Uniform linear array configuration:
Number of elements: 8
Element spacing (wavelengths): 0.75
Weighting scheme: binomial
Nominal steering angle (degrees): -15
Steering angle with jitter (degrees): -16.526
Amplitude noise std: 0.05
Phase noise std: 0.05

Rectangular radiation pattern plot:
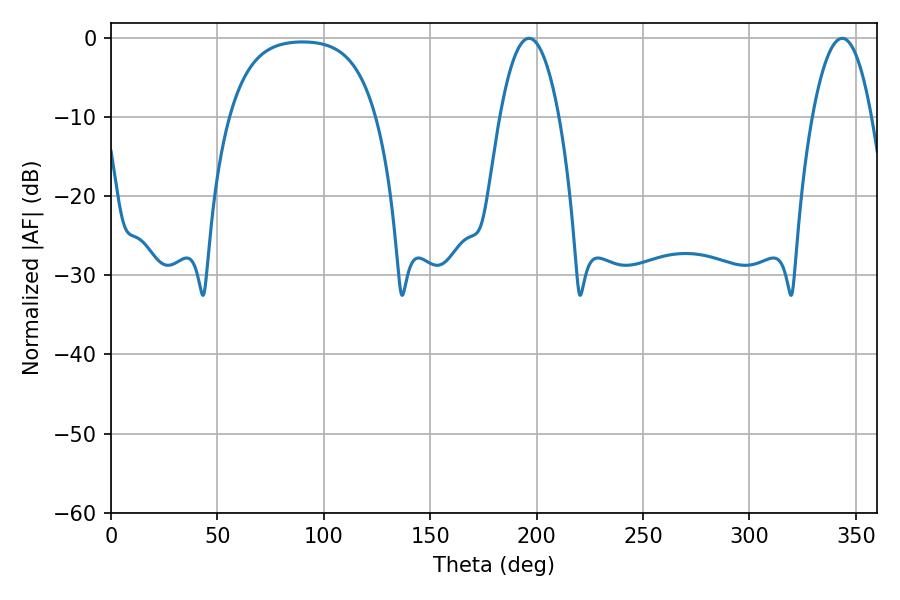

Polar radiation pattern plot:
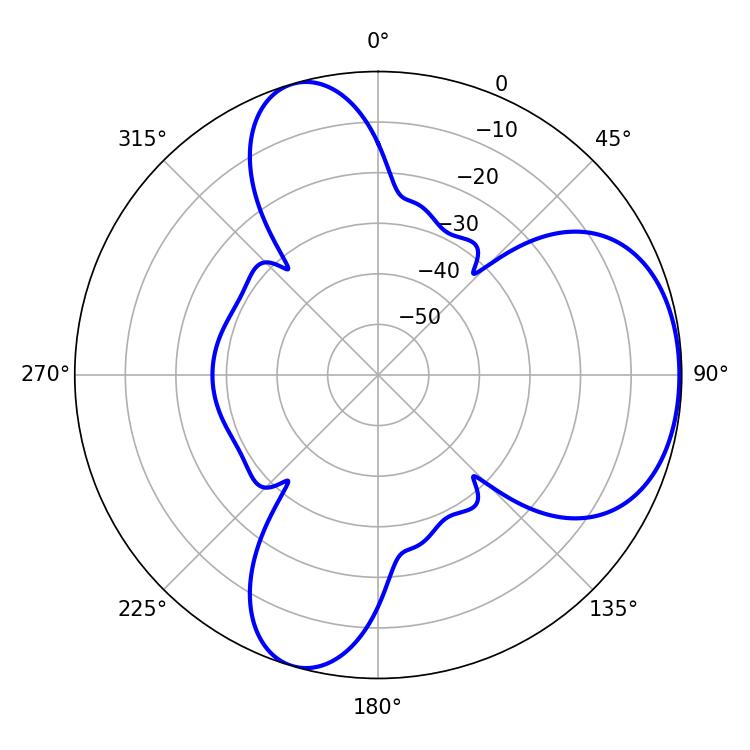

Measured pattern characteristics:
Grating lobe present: TRUE
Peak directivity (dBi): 5.608
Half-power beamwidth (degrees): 15.3
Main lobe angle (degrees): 196.38